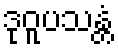
ဒုဝူပသန္တံ